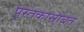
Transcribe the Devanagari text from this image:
पुस्तकासोबत